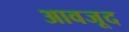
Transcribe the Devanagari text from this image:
आवजूद